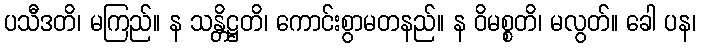
ပသီဒတိ၊ မကြည်။ န သန္တိဋ္ဌတိ၊ ကောင်းစွာမတနည်။ န ဝိမစ္စတိ၊ မလွတ်။ ခေါ ပန၊